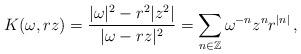
LaTeX: \begin{align*}K(\omega, r z) = \frac{|\omega|^{2} - r^2| z^2|}{|\omega - r z|^2}=\sum_{n \in \mathbb{Z}} \omega^{-n} z^n r^{|n|}\,,\end{align*}